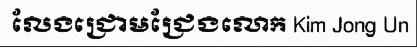
លែងជ្រោមជ្រែងលោក Kim Jong Un